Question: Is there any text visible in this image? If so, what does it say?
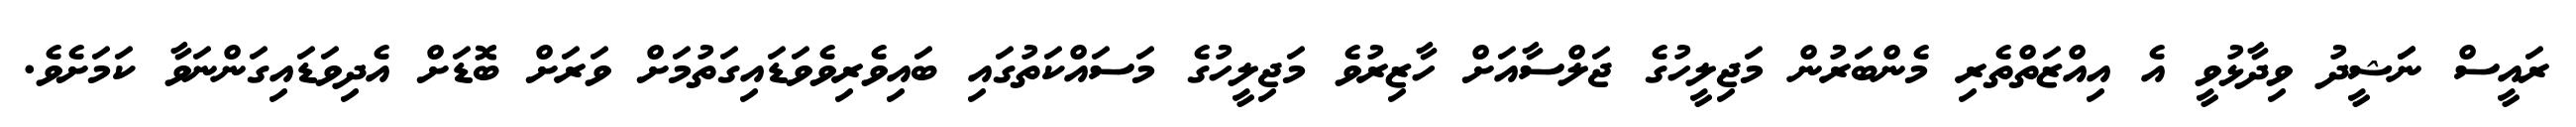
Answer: ރައީސް ނަަޝީދު ވިދާޅުވީ އެ އިއްޒަތްތެރި މެންބަރުން މަޖިލީހުގެ ޖަލްސާއަށް ހާޒިރުވެ މަޖިލީހުގެ މަސައްކަތުގައި ބައިވެރިވެވަޑައިގަތުމަށް ވަރަށް ބޮޑަށް އެދިވަޑައިގަންނަވާ ކަމަށެވެ.